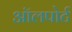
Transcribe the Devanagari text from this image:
ऑलपोर्ट